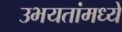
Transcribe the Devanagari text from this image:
उभयतांमध्ये